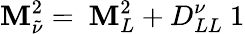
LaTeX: {\cal\mathbf{M}}_{\tilde{{\nu}}}^{2}=\mathrm{{\mathbf{~}\mathbf{M}}}_{L}^{2}+D_{LL}^{\nu}\mathrm{{\mathbf{~}1}}